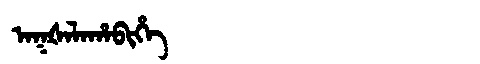
Manchu: ᠠᡴᡧᠠᠯᠠᡥᠠᠪᡳᡥᡝ
Romanization: AKŠALAHABIHE